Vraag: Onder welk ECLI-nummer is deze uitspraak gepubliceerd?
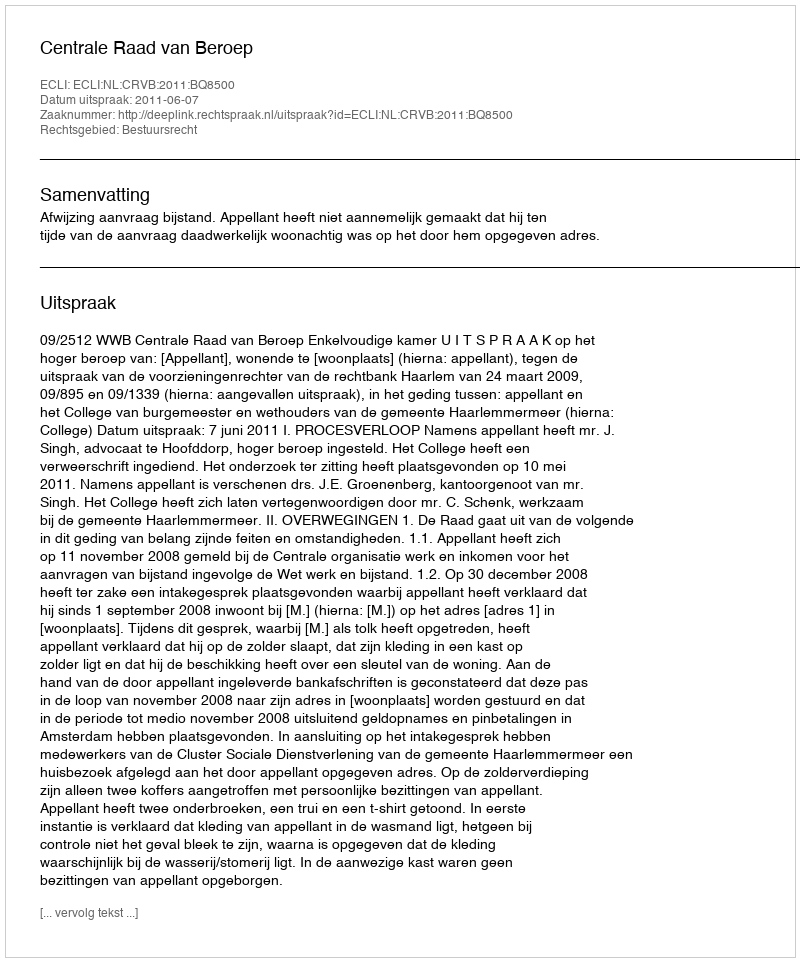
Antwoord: ECLI:NL:CRVB:2011:BQ8500